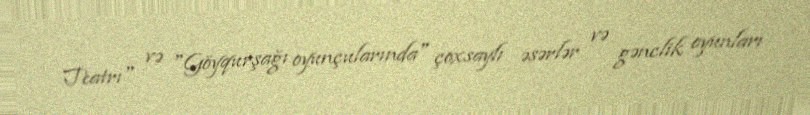
Teatrı" və "Göyqurşağı oyunçularında" çoxsaylı əsərlər və gənclik oyunları